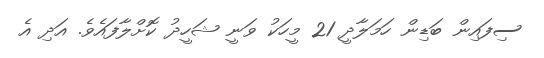
ސިފައިން ބަޑިން ހަމަލާދީ 21 މީހަކު ވަނީ ޝަހީދު ކޮށްލާފައެވެ. އަދި އެ